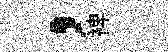
，裨